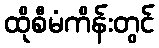
ထိုစီမံကိန်းတွင်